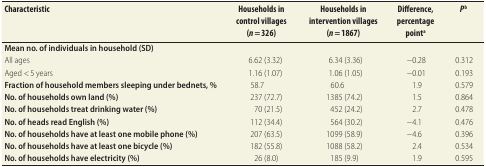
| Characteristic | Households in control villages (n = 326) | Households in intervention villages (n = 1867) | Difference, percentage pointa | Pb |
 | --- | --- | --- | --- | --- |
 | Mean no. of individuals in household (SD) |  |  |  |  |
 | All ages | 6.62 (3.32) | 6.34 (3.36) | −0.28 | 0.312 |
 | Aged < 5 years | 1.16 (1.07) | 1.06 (1.05) | −0.01 | 0.193 |
 | Fraction of household members sleeping under bednets, % | 58.7 | 60.6 | 1.9 | 0.579 |
 | No. of households own land (%) | 237 (72.7) | 1385 (74.2) | 1.5 | 0.864 |
 | No. of households treat drinking water (%) | 70 (21.5) | 452 (24.2) | 2.7 | 0.478 |
 | No. of heads read English (%) | 112 (34.4) | 564 (30.2) | −4.1 | 0.476 |
 | No. of households have at least one mobile phone (%) | 207 (63.5) | 1099 (58.9) | −4.6 | 0.396 |
 | No. of households have at least one bicycle (%) | 182 (55.8) | 1088 (58.2) | 2.4 | 0.534 |
 | No. of households have electricity (%) | 26 (8.0) | 185 (9.9) | 1.9 | 0.595 |